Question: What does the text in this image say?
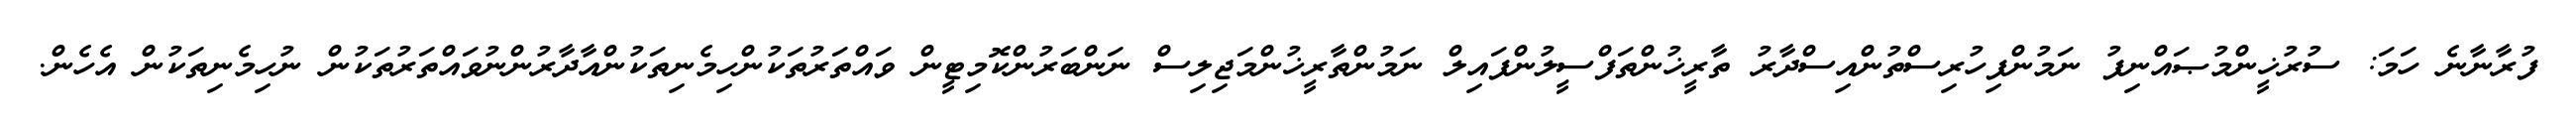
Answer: ފުރާނާނެ ހަމަ: ސުރުޚީންމުޞައްނިފު ނަމުންފިހުރިސްތުންއިސްދާރު ތާރީޚުންތަފްސީލުންފައިލް ނަމުންތާރީޚުންމަޖިލިސް ނަންބަރުންކޮމިޓީން ވައްތަރުތަކުންހިމެނިތަކުންއާދާރުންނުވައްތަރުތަކުން ނުހިމެނިތަކުން އެހެން.